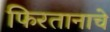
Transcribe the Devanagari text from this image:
फिरतानाचे